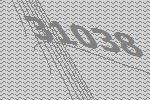
31038